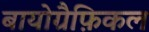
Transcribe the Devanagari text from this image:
बायोग्रैफ़िकल